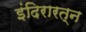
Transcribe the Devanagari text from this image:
इंदिरारत्‍न